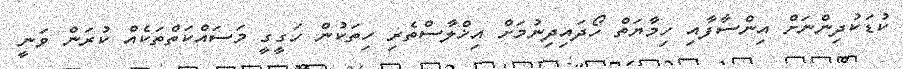
ކުޑަކުދިންނަށް އިންސާފާއި ހިމާޔަތް ހޯދައިދިނުމަށް އިޚްލާސްތެރި ހިތަކުން ހަގީގީ މަސައްކަތްތަކެއް ކުރަން ވަނީ